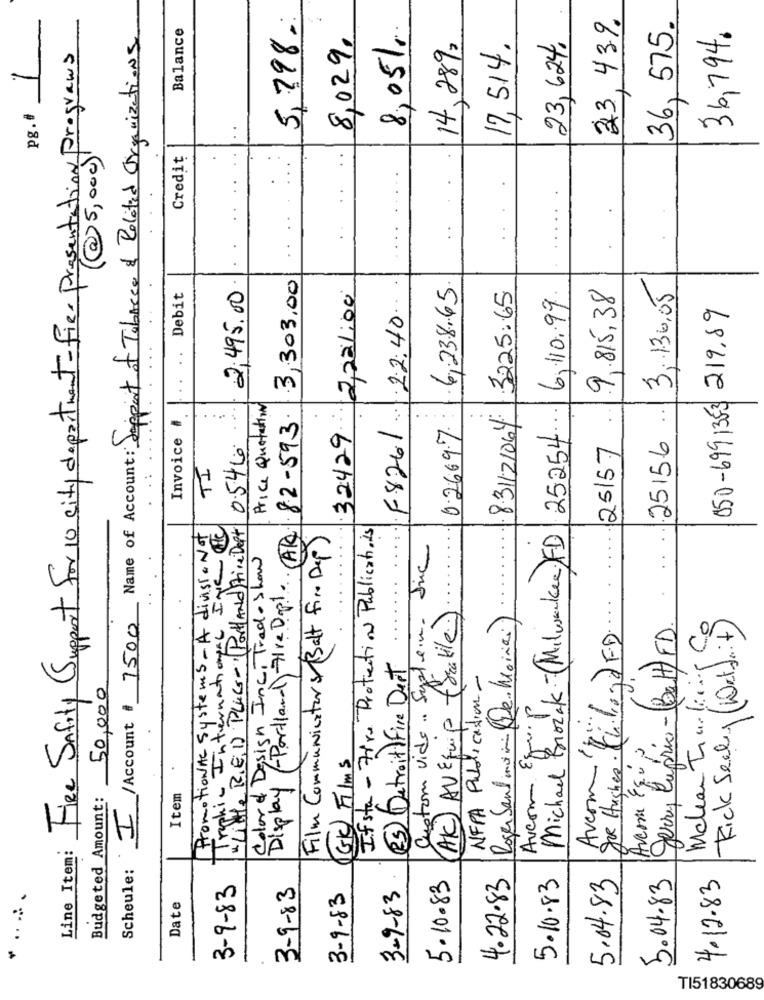
5,398.
Balance
8,05/1.
23, 439
36, 575.
Scheule: I /Account $ 7500 Name of Account : Support of Tobacco & Related Organizations
8,029,
23, 624.
36,794.
14,289,
17,514.
Fiee Sufity Support For 10 city department-fier Presentation programs
pg.#
@5,000)
Credit
..
3,303,00
2,495.00
6,238.65.
9.815,38
3,136.05
Debit
32429 2221:00
3225.65
25254. 6.110.99
050-6991353 219.89
F8261 22:40
....
Price Quotation
..
25156 .
Invoice #
Display (-Portland) Fire D.p ... (AR 82-593.
831121064
....
0.2669.7.
. .
0.546
25157
TI
PromotionAc Systems - A divisionof
white REDD PLUG- (Portland fire Dept
If sta - Fire Protection Publicationis
Tripki- International Igic C
Film Communicators (Balt fine Dep)
Michael Brozak-(Milwaukee)FD
Sic
AvermiHOOFD
..
Color& Design Inc.Trade show
AK) AV Equip fraile.)
Custom vide .. System.
Mchan Tracking Co
Rick Sealy (Watdamit)
gerry Capric- (Balt) FD.
(25) Detroit) Fire Dert
NFPA Publication-
50,000
Avcon Equip
Avenu Equip
gue Hughes. Ki
GK Films
Budgeted Amount:
Item
Line Item:
5.10.83
4.22.83
5.04.83
3-9-83
3-9-83
5.10.83
5.04.83
4-12.83
......
3-9-83
3-9-83
Date
TI51830689